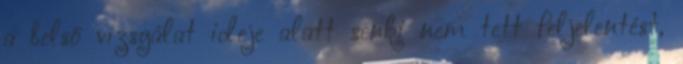
a belső vizsgálat ideje alatt senki nem tett feljelentést,